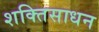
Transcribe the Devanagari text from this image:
शक्तिसाधन